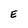
Character: E